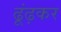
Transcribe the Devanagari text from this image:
ढूंढ़कर